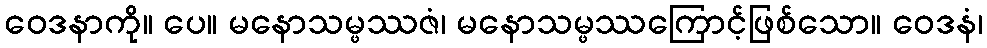
ဝေဒနာကို။ ပေ။ မနောသမ္ဖဿဇံ၊ မနောသမ္ဖဿကြောင့်ဖြစ်သော။ ဝေဒနံ၊